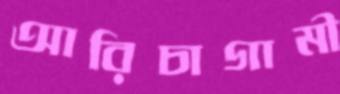
আরিচাগামী